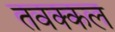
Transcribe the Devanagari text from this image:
तवक्कल